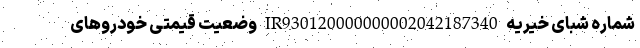
شماره شبای خیریه IR930120000000002042187340 وضعیت قیمتی خودرو‌های